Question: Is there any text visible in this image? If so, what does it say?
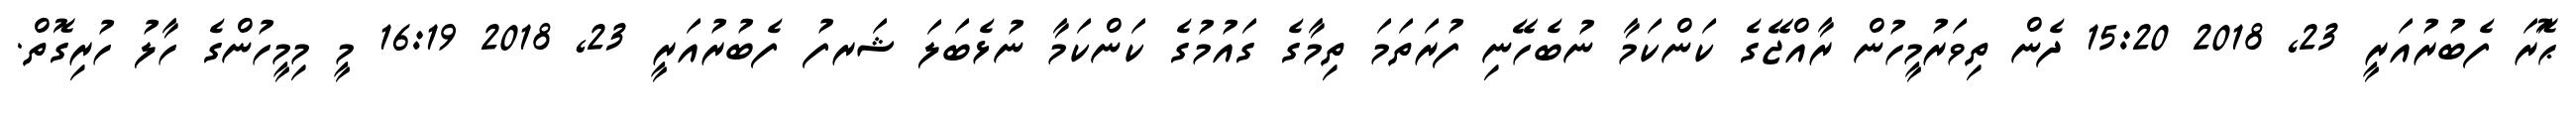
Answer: ޙަޮރަ ފެބުރުއަރީ 23, 2018 15:20 ދެން ތިވަރުމީހުން ރާއްޖޭގެ ކަންކަމާ ނުބެހޭނި ފުރަތަމަ ތިމާގެ ގައުމުގެ ކަންކަމާ ނުޅެބަލަ ޝަރފު ފެބުރުއަރީ 23, 2018 16:19 މީ މިމީހުންގެ ހާލު ހުރިގޮތް.